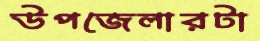
উপজেলারটা